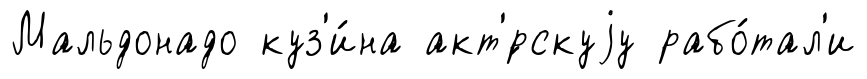
Мальдонадо куз'и́на акт'́рскуjу рабо́тал'и